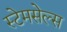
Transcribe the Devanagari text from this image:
स्टेमसेल्स